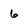
Character: 6